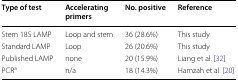
<table><thead><tr><td><b>Type of test</b></td><td><b>Accelerating primers</b></td><td><b>No. positive</b></td><td><b>Reference</b></td></tr></thead><tbody><tr><td>Stem 18S LAMP</td><td>Loop and stem</td><td>36 (28.6%)</td><td>This study</td></tr><tr><td>Standard LAMP</td><td>Loop</td><td>26 (20.6%)</td><td>This study</td></tr><tr><td>Published LAMP</td><td>none</td><td>20 (15.9%)</td><td>Liang et al. [32]</td></tr><tr><td>PCR<sup>a</sup></td><td>n/a</td><td>18 (14.3%)</td><td>Hamzah et al. [20]</td></tr></tbody></table>